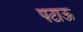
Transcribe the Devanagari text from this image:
पटाऊ